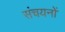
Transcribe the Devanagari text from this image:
संचयनों